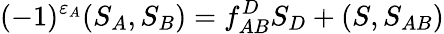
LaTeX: (-1)^{\varepsilon_{A}}(S_{A},S_{B})=f_{AB}^{D}S_{D}+(S,S_{AB})